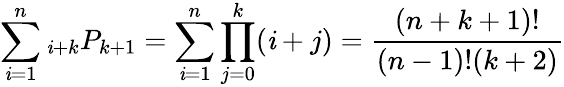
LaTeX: \sum_{\mathit{i}=1}^{n}{}_{\mathit{i}+k}P_{k+1}=\sum_{\mathit{i}=1}^{n}\prod_{j=0}^{k}(\mathit{i}+j)={\frac{{(n+k+1)!}}{{(n-1)!(k+2)}}}